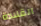
القلادة